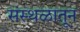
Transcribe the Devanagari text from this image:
संस्थळातून